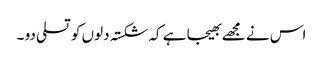
اس نے مجھے بھیجا ہے کہ شکستہ دلوں کو تسلی دو ۔